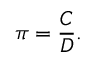
\pi = { \frac { C } { D } } .